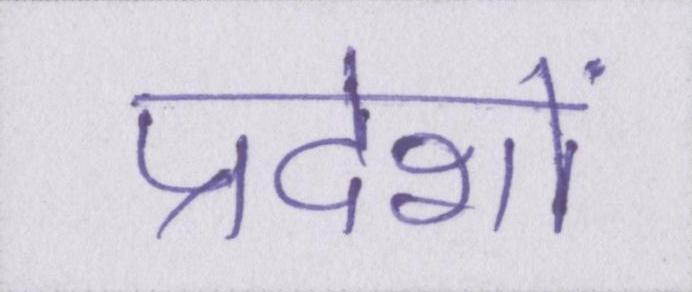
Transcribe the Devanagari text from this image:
प्रदेशों